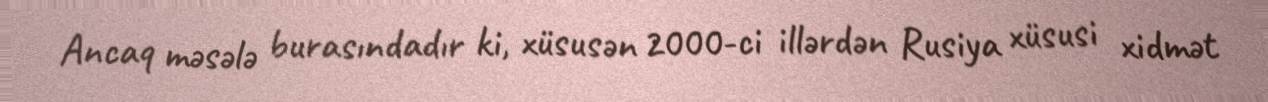
Ancaq məsələ burasındadır ki, xüsusən 2000-ci illərdən Rusiya xüsusi xidmət